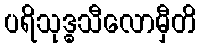
ပရိသုဒ္ဓသီလောမှီတိ